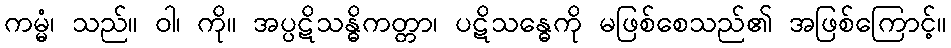
ကမ္မံ၊ သည်။ ဝါ၊ ကို။ အပ္ပဋိသန္ဓိကတ္တာ၊ ပဋိသန္ဓေကို မဖြစ်စေသည်၏ အဖြစ်ကြောင့်။